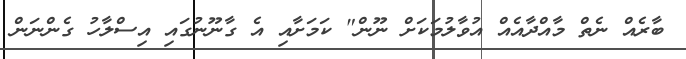
ބާރެއް ނެތް މާއްދާއެއް އުވާލުމަކަށް ނޫން" ކަމަށާއި އެ ގާނޫނުގައި އިސްލާހު ގެންނަން